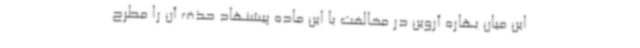
این میان بهاره آروین در مخالفت با این ماده پیشنهاد حذف آن را مطرح